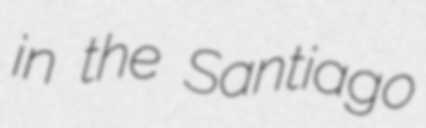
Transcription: in the Santiago